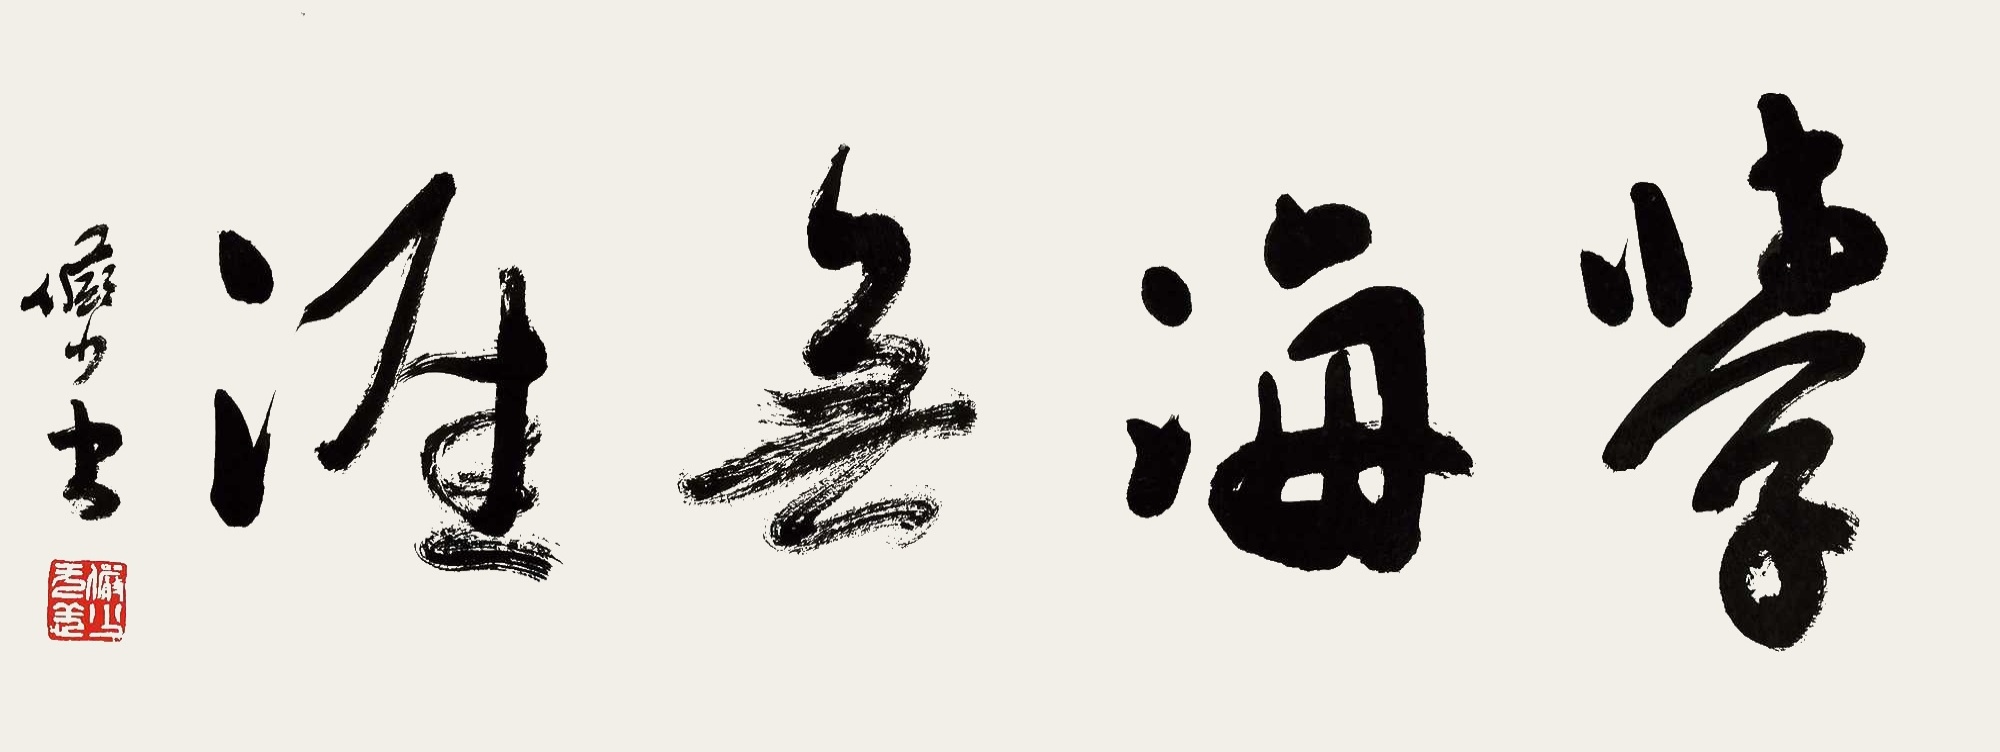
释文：学海无涯。俨少书。